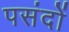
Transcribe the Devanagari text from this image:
पसंदों